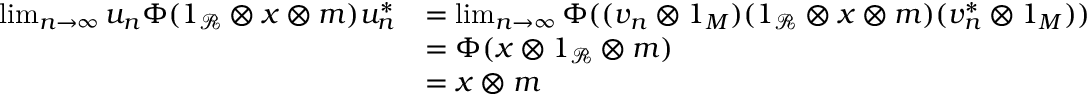
\begin{array} { r l } { \operatorname* { l i m } _ { n \rightarrow \infty } u _ { n } \Phi ( 1 _ { \mathcal { R } } \otimes x \otimes m ) u _ { n } ^ { * } } & { = \operatorname* { l i m } _ { n \rightarrow \infty } \Phi ( ( v _ { n } \otimes 1 _ { M } ) ( 1 _ { \mathcal { R } } \otimes x \otimes m ) ( v _ { n } ^ { * } \otimes 1 _ { M } ) ) } \\ & { = \Phi ( x \otimes 1 _ { \mathcal { R } } \otimes m ) } \\ & { = x \otimes m } \end{array}